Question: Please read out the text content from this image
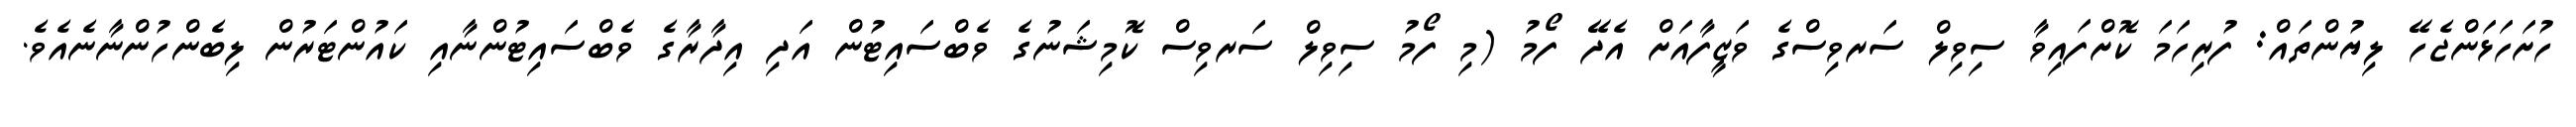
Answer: ހުށަހަޅަންޖެހޭ ލިޔުންތައް: ފުރިހަމަ ކޮށްފައިވާ ސިވިލް ސަރވިސްގެ ވަޒީފާއަށް އެދޭ ފޯމު (މި ފޯމު ސިވިލް ސަރވިސް ކޮމިޝަނުގެ ވެބްސައިޓުން އަދި އިދާރާގެ ވެބްސައިޓުންނާއި ކައުންޓަރުން ލިބެންހުންނާނެއެވެ.